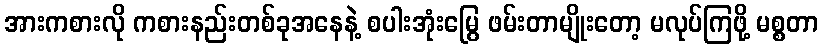
အားကစားလို ကစားနည်းတစ်ခုအနေနဲ့ စပါးအုံးမြွေ ဖမ်းတာမျိုးတော့ မလုပ်ကြဖို့ မစ္စတာ